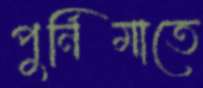
পুর্নিমাতে